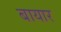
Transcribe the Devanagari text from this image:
बायार